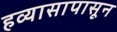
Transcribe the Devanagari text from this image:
हव्यासापासून